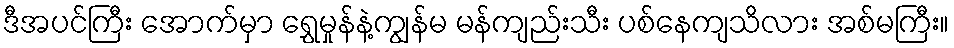
ဒီအပင်ကြီး အောက်မှာ ရွှေမှုန်နဲ့ကျွန်မ မန်ကျည်းသီး ပစ်နေကျသိလား အစ်မကြီး။